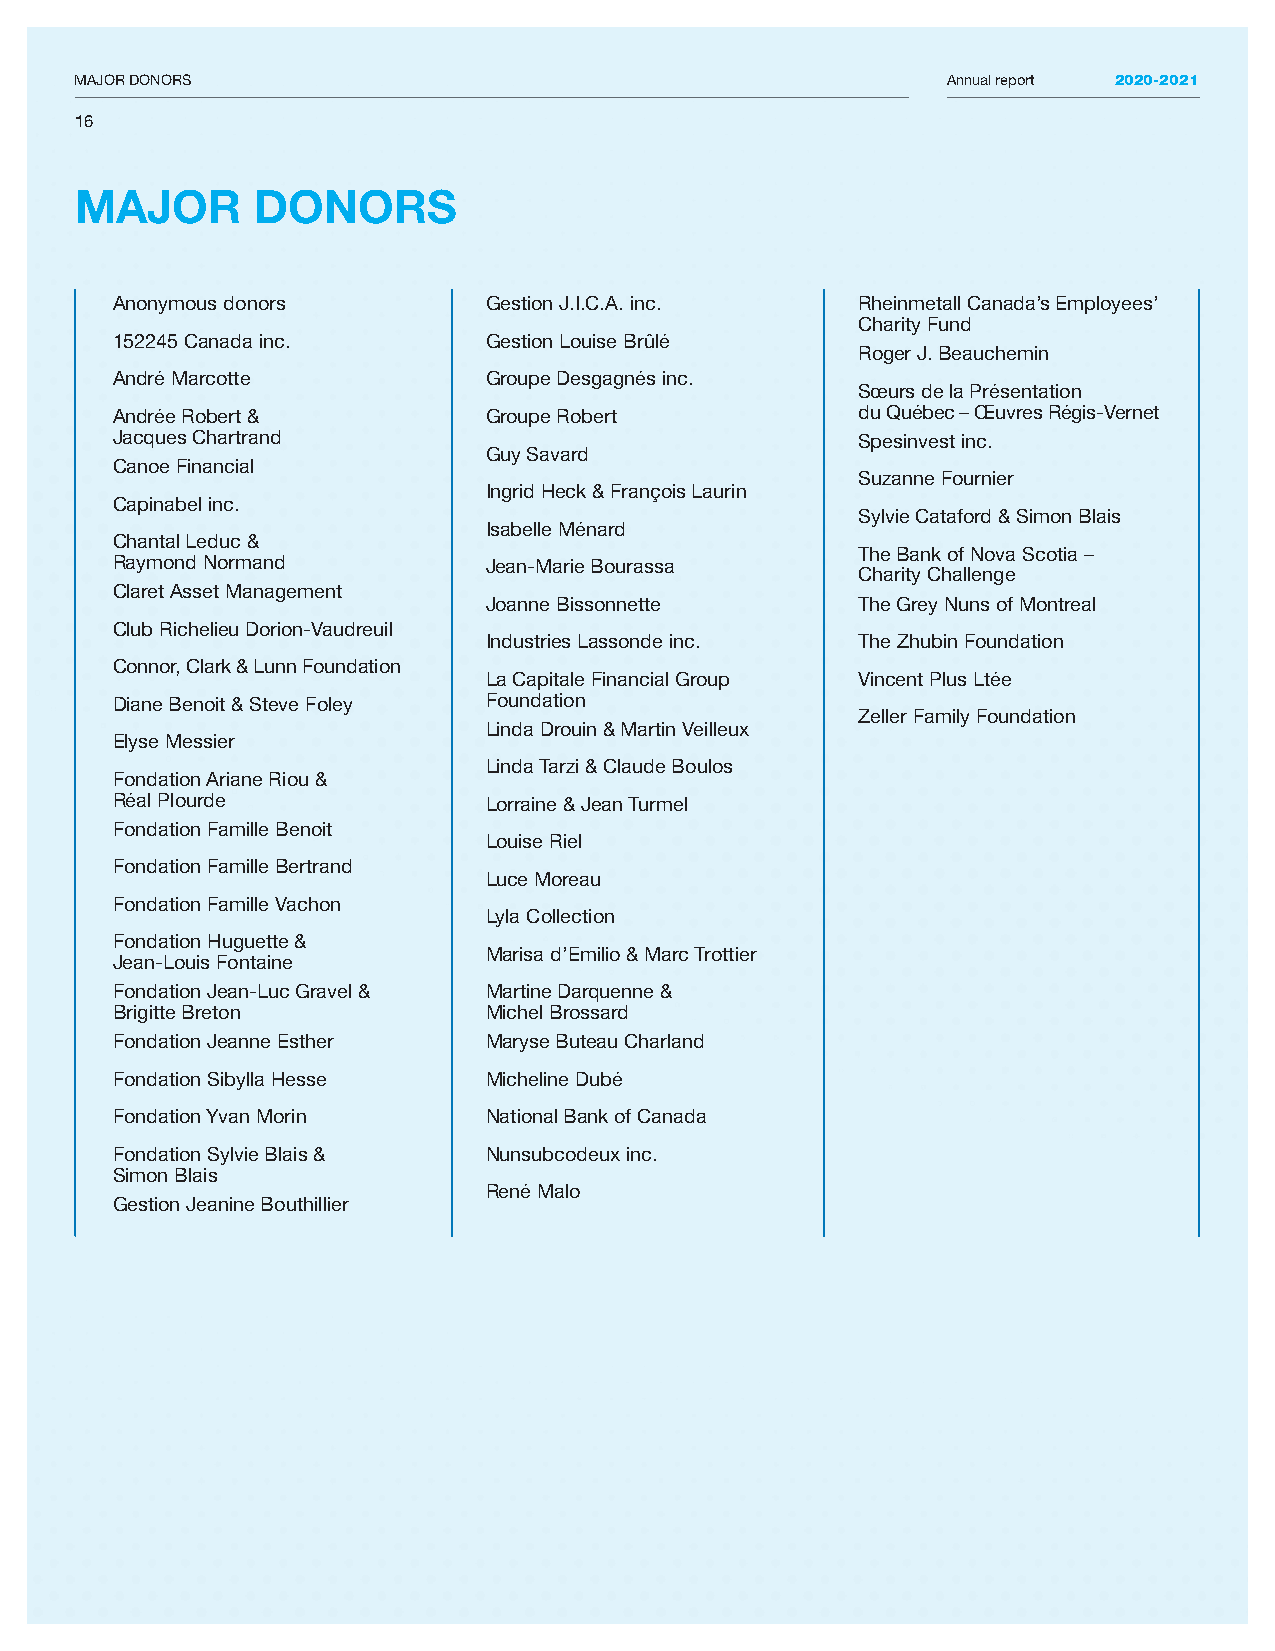
MAJOR DONORS                                              Annual report 2020-2021
 16
 MAJOR       DONORS
 Anonymous donors         Gestion J.I.C.A. inc.    Rheinmetall Canada’s Employees’
 Charity Fund
 152245 Canada inc.       Gestion Louise Brûlé
 Roger J. Beauchemin
 André Marcotte           Groupe Desgagnés inc.
 Sœurs de la Présentation
 Andrée Robert &          Groupe Robert            du Québec – Œuvres Régis-Vernet
 Jacques Chartrand                                 Spesinvest inc.
 Guy Savard
 Canoe Financial
 Suzanne Fournier
 Ingrid Heck & François Laurin
 Capinabel inc.
 Sylvie Cataford & Simon Blais
 Isabelle Ménard
 Chantal Leduc &
 The Bank of Nova Scotia –
 Raymond Normand          Jean-Marie Bourassa
 Charity Challenge
 Claret Asset Management
 Joanne Bissonnette       The Grey Nuns of Montreal
 Club Richelieu Dorion-Vaudreuil
 Industries Lassonde inc. The Zhubin Foundation
 Connor, Clark & Lunn Foundation
 La Capitale Financial Group Vincent Plus Ltée
 Diane Benoit & Steve Foley Foundation
 Zeller Family Foundation
 Linda Drouin & Martin Veilleux
 Elyse Messier
 Linda Tarzi & Claude Boulos
 Fondation Ariane Riou &
 Réal Plourde             Lorraine & Jean Turmel
 Fondation Famille Benoit
 Louise Riel
 Fondation Famille Bertrand
 Luce Moreau
 Fondation Famille Vachon
 Lyla Collection
 Fondation Huguette &
 Marisa d’Emilio & Marc Trottier
 Jean-Louis Fontaine
 Fondation Jean-Luc Gravel & Martine Darquenne &
 Brigitte Breton          Michel Brossard
 Fondation Jeanne Esther  Maryse Buteau Charland
 Fondation Sibylla Hesse  Micheline Dubé
 Fondation Yvan Morin     National Bank of Canada
 Fondation Sylvie Blais & Nunsubcodeux inc.
 Simon Blais
 René Malo
 Gestion Jeanine Bouthillier